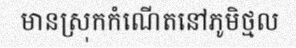
មានស្រុកកំណើតនៅភូមិថ្មល